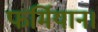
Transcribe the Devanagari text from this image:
फर्मियान।